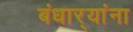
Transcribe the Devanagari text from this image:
बंधार्‍यांना